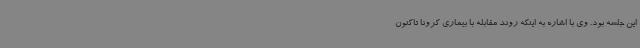
این جلسه بود. وی با اشاره به اینکه روند مقابله با بیماری کرونا تاکنون